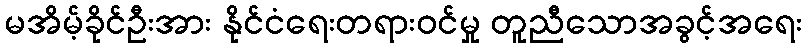
မအိမ့်ခိုင်ဦးအား နိုင်ငံရေးတရားဝင်မှု တူညီသောအခွင့်အရေး